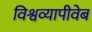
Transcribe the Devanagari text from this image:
विश्वव्यापीवेब